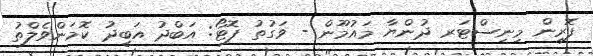
ފޮރިން މިނިސްޓަރ ދުންޔާ މައުމޫން - ވަގުތު ފޮޓޯ: އަބްދު އަބީދު ކޮމަންވެލްތު